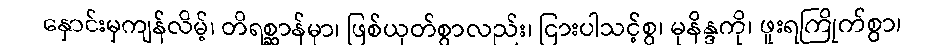
နှောင်းမှကျန်လိမ့်၊ တိရစ္ဆာန်မှာ၊ ဖြစ်ယုတ်စွာလည်း၊ ငြားပါသင့်စွ၊ မုနိန္ဒကို၊ ဖူးရကြိုက်စွာ၊